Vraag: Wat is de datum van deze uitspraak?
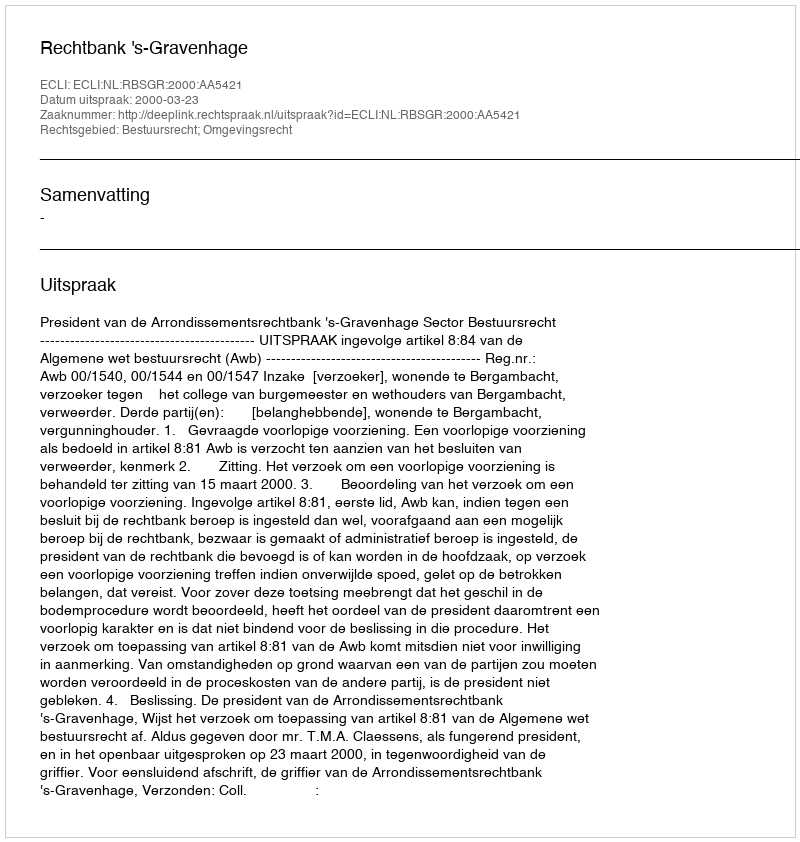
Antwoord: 2000-03-23